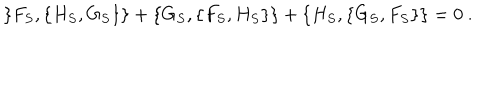
LaTeX: \{ F _ { S } , \{ H _ { S } , G _ { S } \} \} + \{ G _ { S } , \{ F _ { S } , H _ { S } \} \} + \{ H _ { S } , \{ G _ { S } , F _ { S } \} \} = 0 \ .